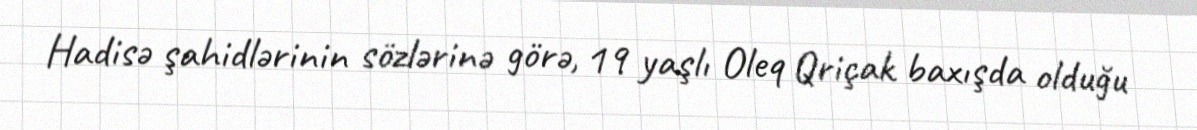
Hadisə şahidlərinin sözlərinə görə, 19 yaşlı Oleq Qriçak baxışda olduğu